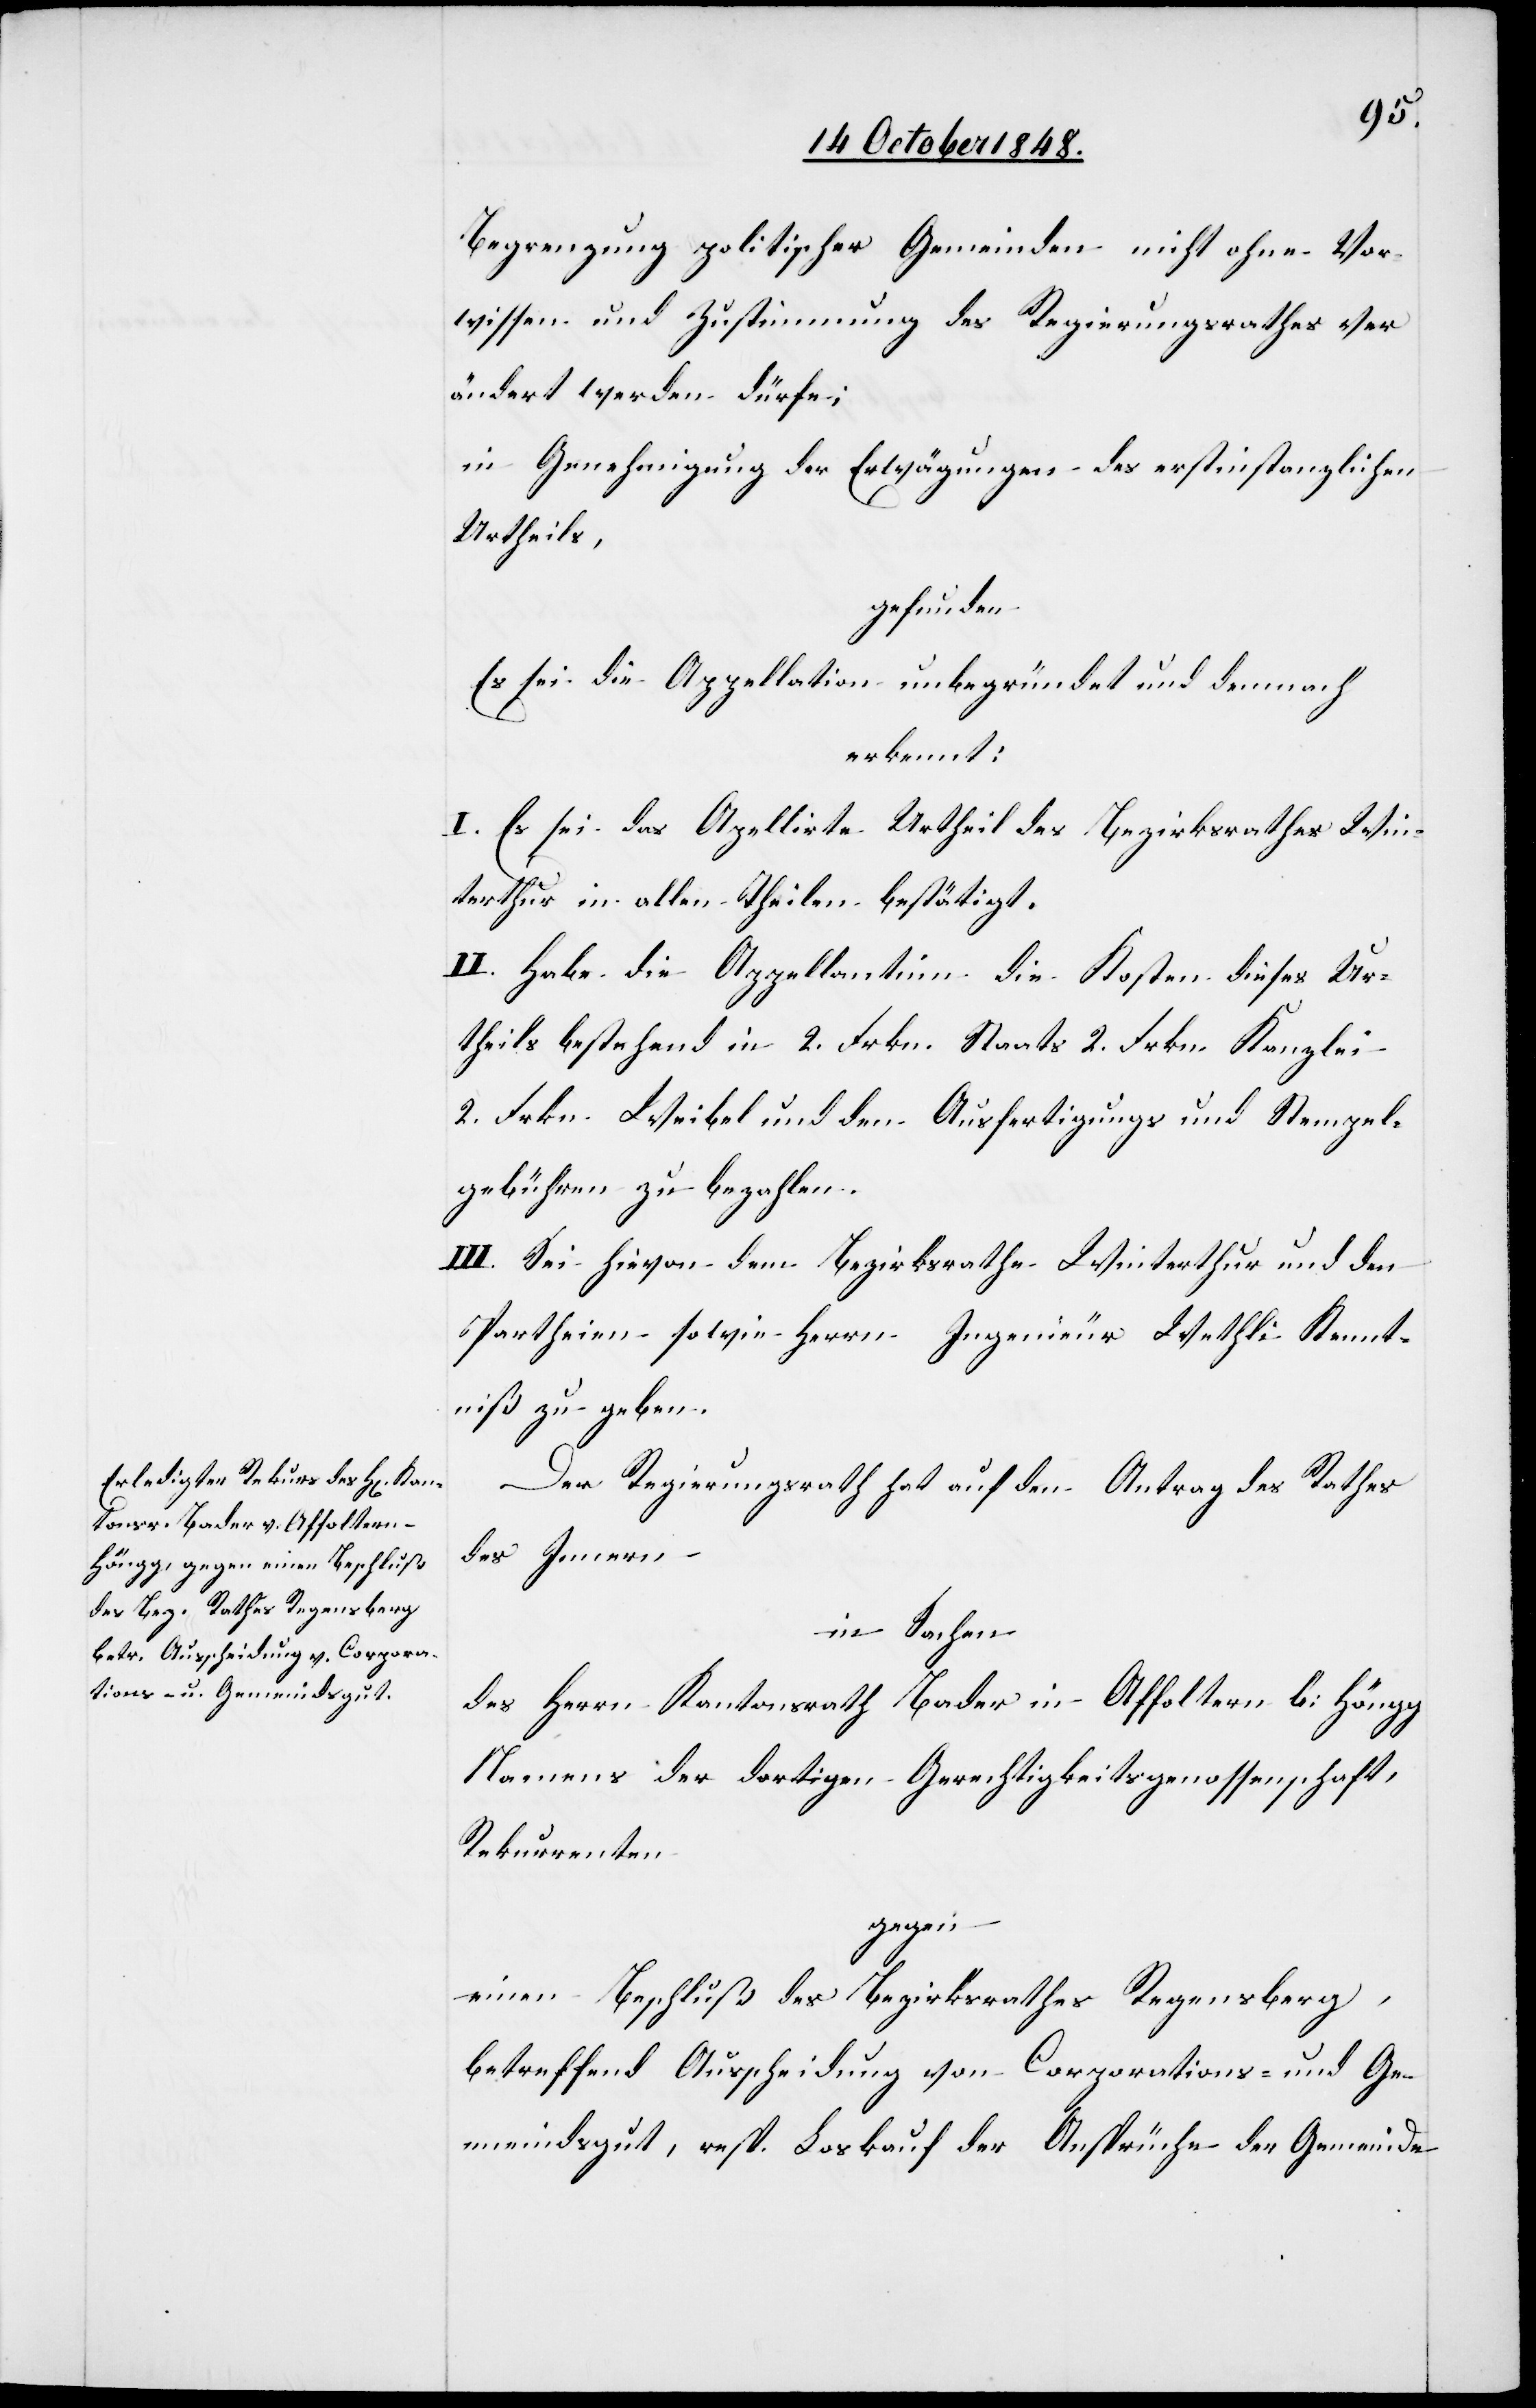
Begrenzung politischer Gemeinden nicht ohne Vor¬
wissen und Zustimmung des Regierungsrathes ver¬
ändert werden dürfe;
in Genehmigung der Erwägungen des erstinstanzlichen
Urtheils,
gefunden:
Es sei die Appellation unbegründet und demnach:
erkennt:
I. Es sei das Appellirte Urtheil des Bezirksrathes Win¬
terthur in allen Theilen bestätigt.
II. Habe die Appellantinn die Kosten dieses Ur¬
theils bestehend in 2. Frkn. Staats[-] 2. Frkn. Kanzlei[-]
2. Frkn. Weibel[-] und den Ausfertigungs[-] und Stempel¬
gebühren zu bezahlen.
III. Sei hievon dem Bezirksrathe Winterthur und den
Partheien sowie Herrn Ingenieur Wethli Kennt¬
niß zu geben.
Der Regierungsrath hat auf den Antrag des Rathes
des Innern
in Sachen
des Herrn Kantonsrath Bader in Affoltern b[e]i Höngg
Namens der dortigen Gerechtigkeitsgenossenschaft,
Rekurrenten
gegen
einen Beschluß des Bezirksrathes Regensberg,
betreffend Ausscheidung von Corporations- und Ge¬
meindsgut, resp. Loskauf der Ansprüche der Gemeinde